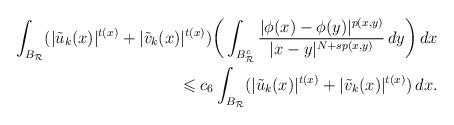
LaTeX: \begin{align*} \int_{B_{\mathcal{R}}}(|\tilde{u}_k(x)|^{t(x)}+ |\tilde{v}_k(x)|^{t(x)})\bigg(\int_{B_{\mathcal{R}}^{c}}\frac{| \phi (x)- \phi (y)|^{p(x,y)}}{|x-y|^{N+sp(x,y)}} \,dy\bigg)\,dx \\ \leqslant c_{6}\int_{B_{\mathcal{R}}}(|\tilde{u}_k(x)|^{t(x)}+|\tilde{v}_k(x)|^{t(x)})\,dx. \end{align*}